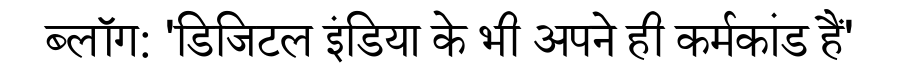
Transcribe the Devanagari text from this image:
ब्लॉग: 'डिजिटल इंडिया के भी अपने ही कर्मकांड हैं'